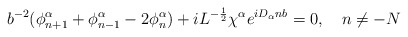
\begin{align*}b^{-2}( \phi^{\alpha}_{n+1}+ \phi^{ \alpha}_{n-1}-2 \phi^{ \alpha}_n)+iL^{- \frac{1}{2}}\chi^{ \alpha} e^{iD_{\alpha}nb}=0, \quad n \neq -N \end{align*}